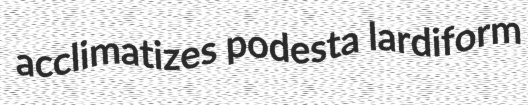
acclimatizes podesta lardiform